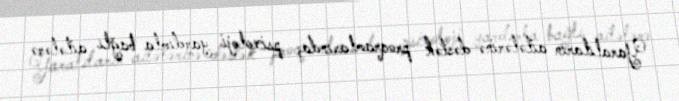
Yaralıların ailələrinə dəstək proqramlarında, psixoloji yardımla bağlı ailələrə